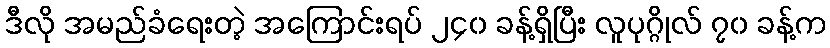
ဒီလို အမည်ခံရေးတဲ့ အကြောင်းရပ် ၂၄၀ ခန့်ရှိပြီး လူပုဂ္ဂိုလ် ၇၀ ခန့်က